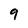
Character: 9